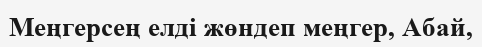
Меңгерсең елді жөндеп меңгер, Абай,